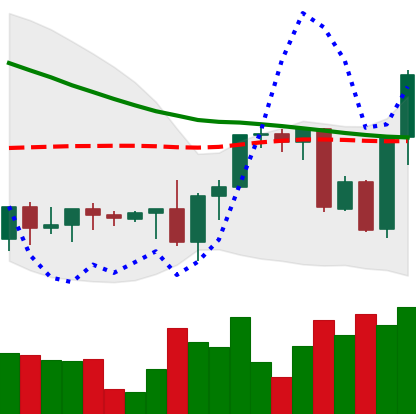
Ticker: XRP-USD
Chart end date: 2022-09-17
Forward return: 28.673%
Label: up_7plus